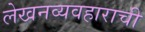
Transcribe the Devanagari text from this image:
लेखनव्यवहाराची